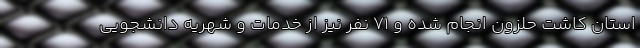
استان کاشت حلزون انجام شده و 71 نفر نیز از خدمات و شهریه دانشجویی